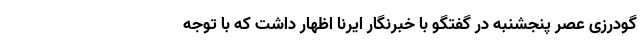
گودرزی عصر پنجشنبه در گفتگو با خبرنگار ایرنا اظهار داشت که با توجه